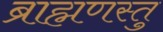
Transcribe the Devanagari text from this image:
ब्राह्मणस्तु